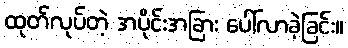
ထုတ်လုပ်တဲ့ အပိုင်းအခြား ပေါ်လာခဲ့ခြင်း။